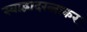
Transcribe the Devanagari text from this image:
स्वाद्वादरत्नाकर